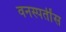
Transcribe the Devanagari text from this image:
वनस्पतींस